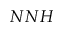
N N H